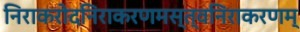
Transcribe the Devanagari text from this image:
निराकरोदनिराकरणमस्त्वनिराकरणम्